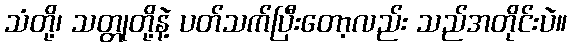
သံတို့၊ သတ္တုတို့နဲ့ ပတ်သက်ပြီးတော့လည်း သည်အတိုင်းပဲ။